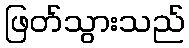
ဖြတ်သွားသည်